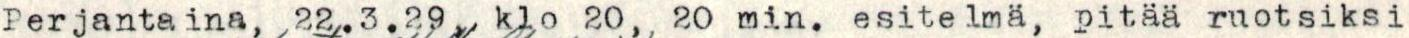
Perjantaina, 22.3.29, klo 20, 20 min. esitelmä, pitää ruotsiksi